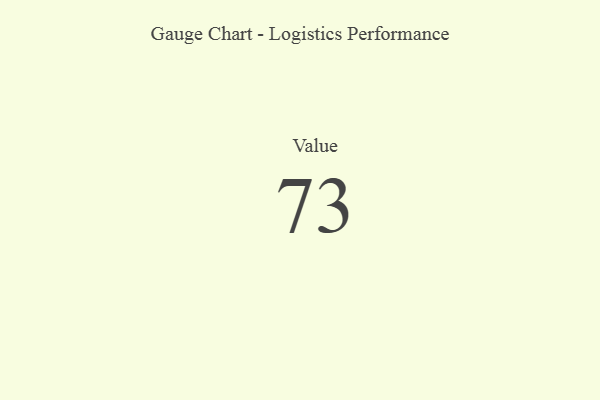
{"axis": {"x": "Metric", "y": "Value"}, "legend": [""], "data": [{"x": "Value", "y": 73, "type": ""}]}